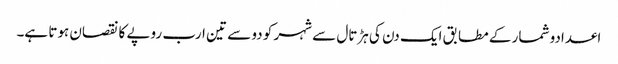
اعدادو شمار کے مطابق ایک دن کی ہڑتال سے شہر کو دو سے تین ارب روپے کا نقصان ہوتا ہے۔